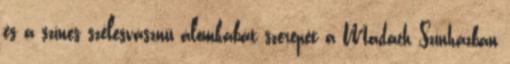
és a színes szélesvásznú álomkabát szerepét a Madách Színházban